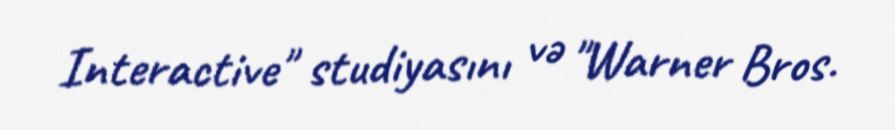
Interactive" studiyasını və "Warner Bros.